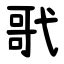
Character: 㢦